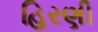
હિરણી